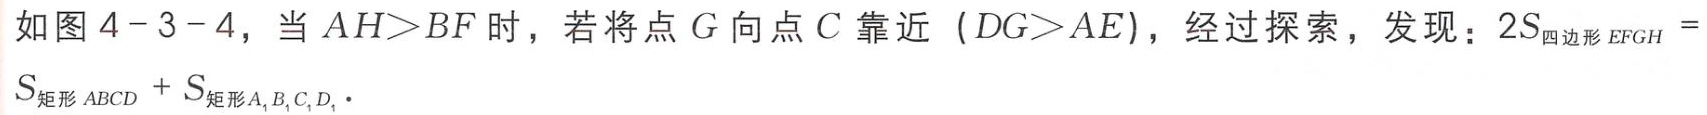
如图4 - 3 - 4，当\(AH>BF\)时，若将点\(G\)向点\(C\)靠近（\(DG>AE\)），经过探索，发现：\(2S_{四边形EFGH}=S_{矩形ABCD}+S_{矩形A_{1}B_{1}C_{1}D_{1}}\)。